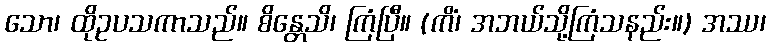
သော၊ ထိုဥပသကာသည်။ စိန္တေသိ၊ ကြံပြီ။ (ကိံ၊ အဘယ်သို့ကြံသနည်း။) အဿ၊